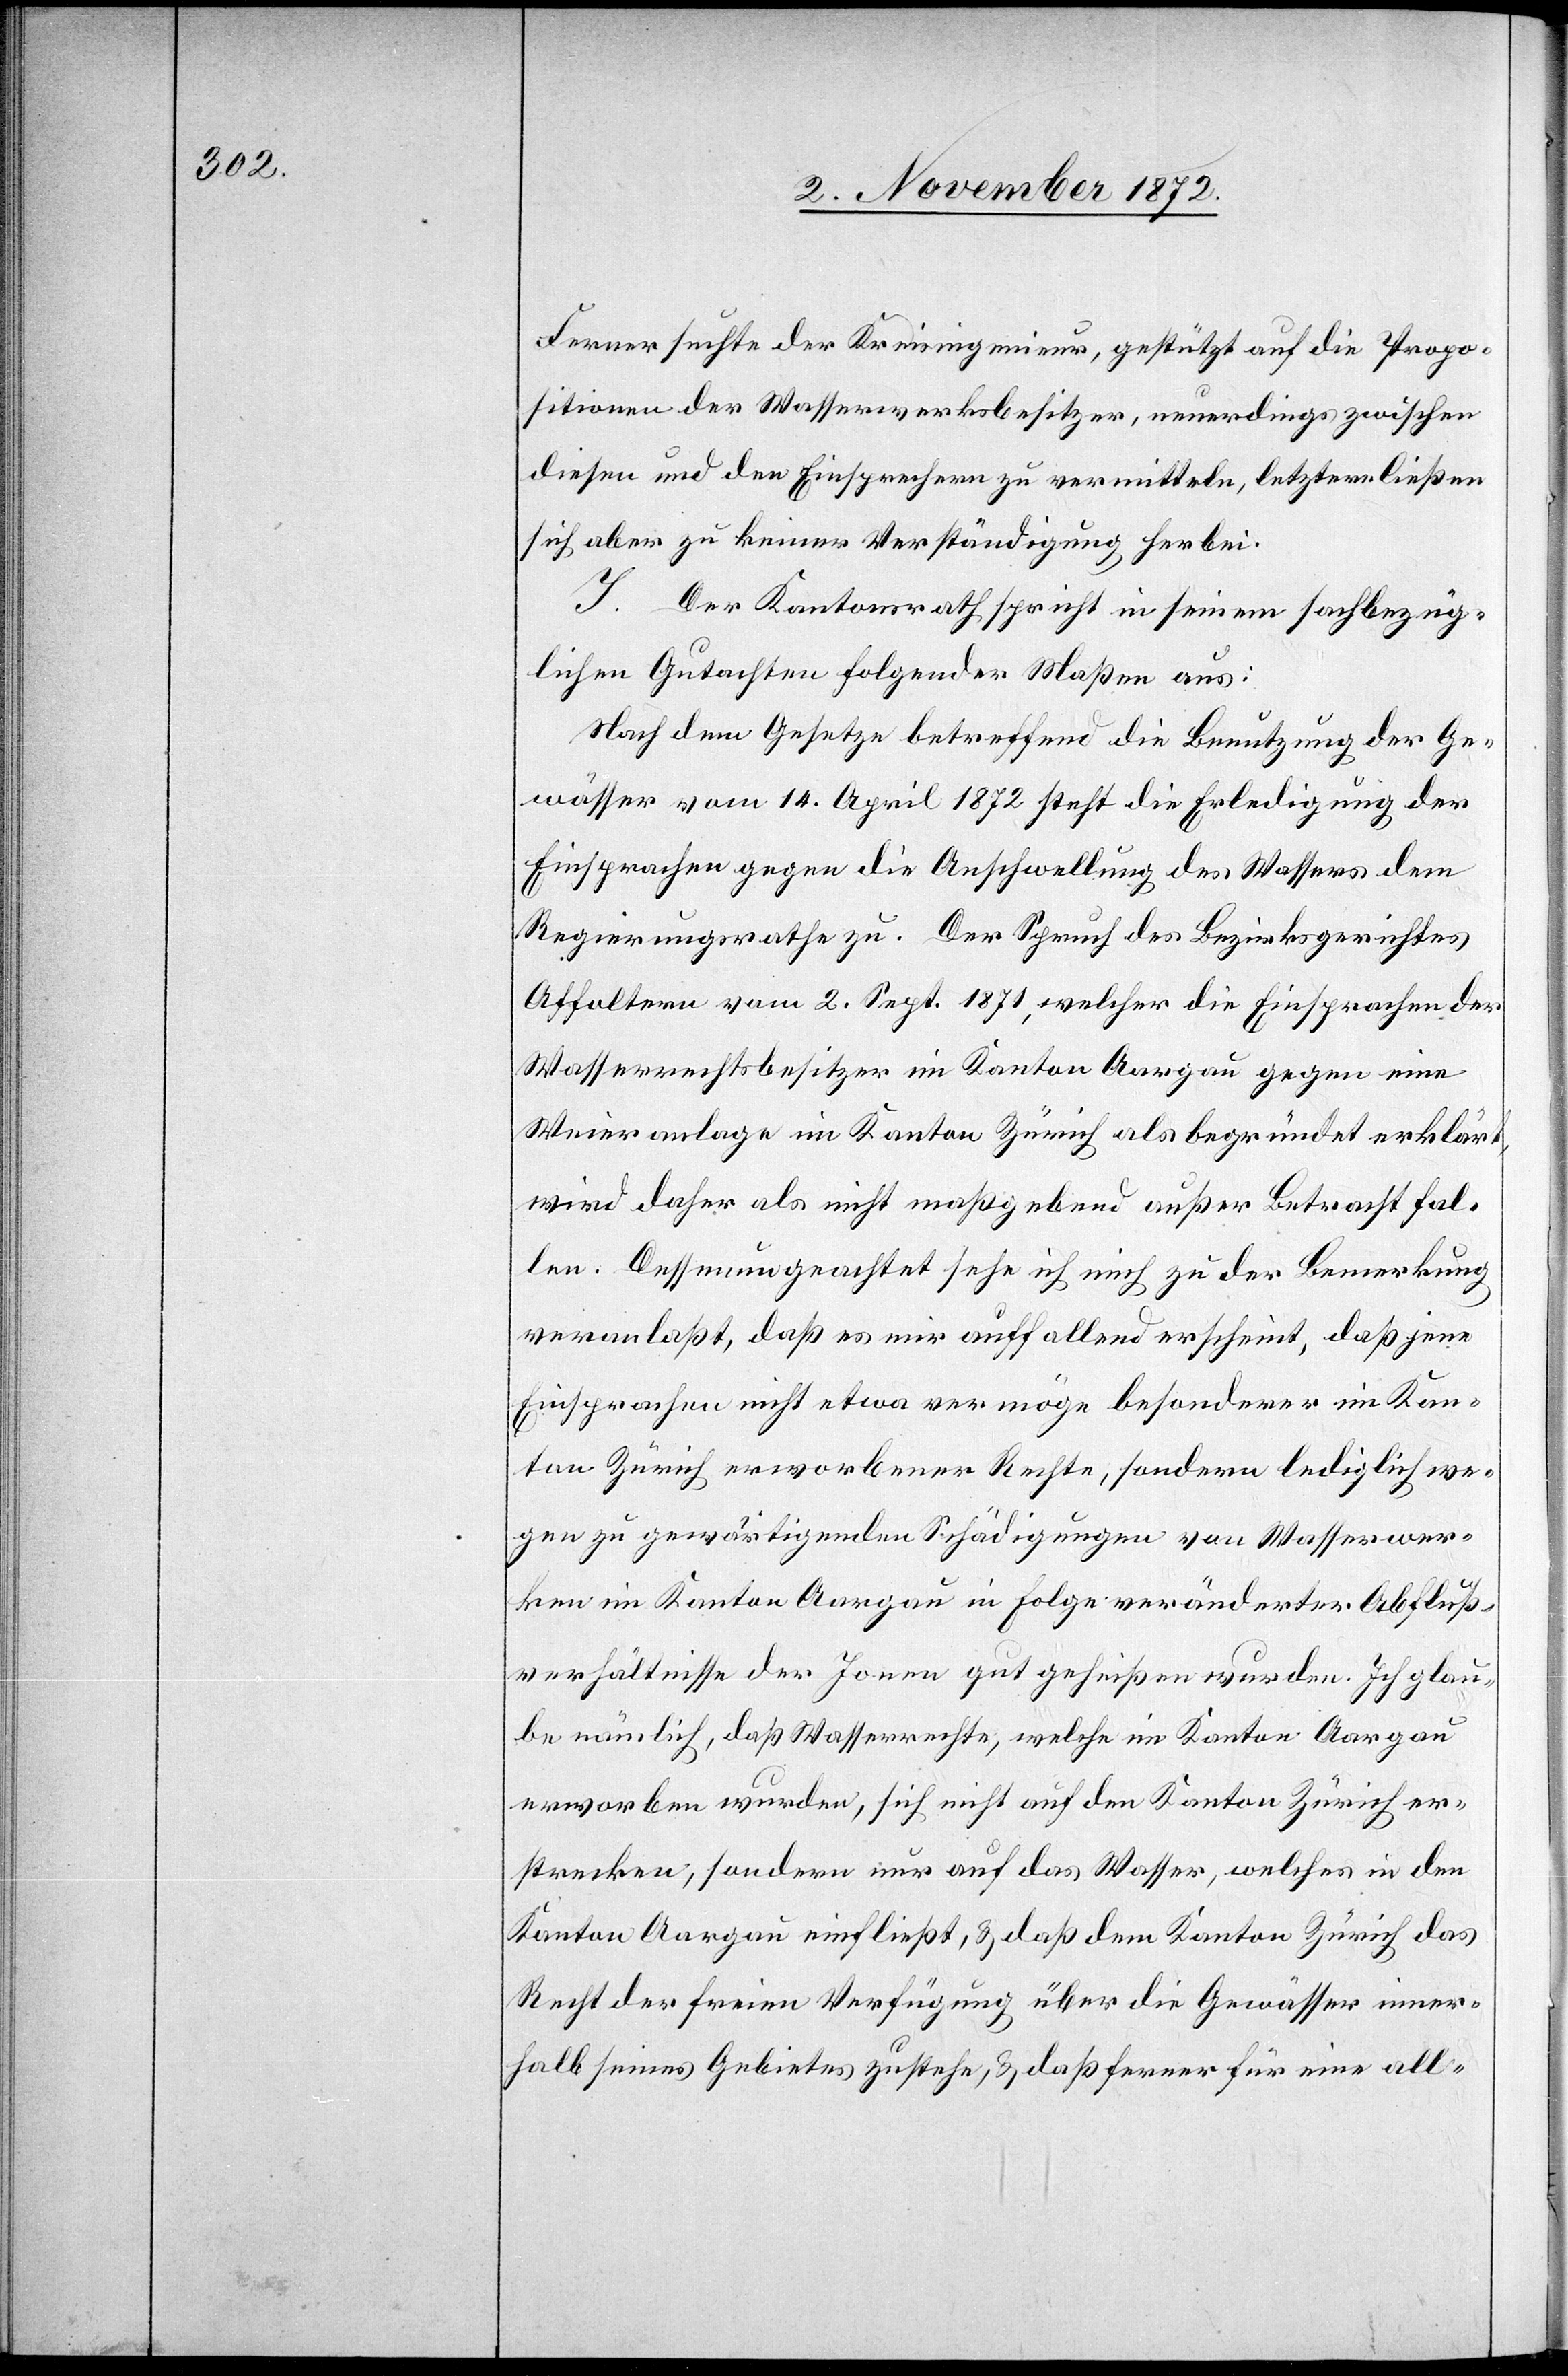
Ferner suchte der Kreisingenieur, gestützt auf die Propo¬
sitionen der Wasserwerksbesitzer, neuerdings zwischen
diesen und den Einsprechern zu vermitteln, letztere ließen
sich aber zu keiner Verständigung herbei.
I. Der Kantonsrath spricht [sich] in seinem sachbezüg¬
lichen Gutachten folgender Maßen aus:
Nach dem Gesetze betreffend die Benutzung der Ge¬
wässer vom 14. April 1872 steht die Erledigung der
Einsprachen gegen die Anschwellung des Wassers dem
Regierungsrathe zu. Der Spruch des Bezirksgerichtes
Affoltern vom 2. Sept. 1871, welcher die Einsprachen der
Wasserrechtsbesitzer im Kanton Aargau gegen eine
Weieranlage im Kanton Zürich als begründet erklärt,
wird daher als nicht maßgebend außer Betracht fal¬
len. Dessenungeachtet sehe ich mich zu der Bemerkung
veranlaßt, daß es mir auffallend erscheint, daß jene
Einsprachen nicht etwa vermöge besonderer im Kan¬
ton Zürich erworbener Rechte, sondern lediglich we¬
gen zu gewärtigenden Schädigungen von Wasserwer¬
ken im Kanton Aargau in Folge veränderter Abfluß¬
verhältnisse der Jona gut geheißen wurden. Ich glau¬
be nämlich, daß Wasserrechte, welche im Kanton Aargau
erworben wurden, sich nicht auf den Kanton Zürich er¬
strecken, sondern nur auf das Wasser, welches in den
Kanton Aargau einfließt, & daß dem Kanton Zürich das
Recht der freien Verfügung über die Gewässer inner¬
halb seines Gebietes zustehe, & daß ferner für eine all-